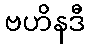
ဗဟိနဒီ